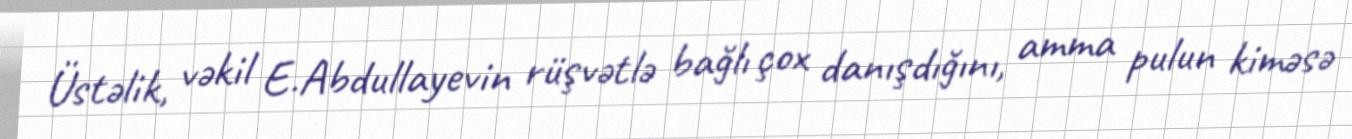
Üstəlik, vəkil E.Abdullayevin rüşvətlə bağlı çox danışdığını, amma pulun kiməsə